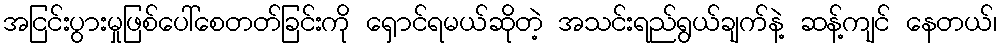
အငြင်းပွားမှုဖြစ်ပေါ်စေတတ်ခြင်းကို ရှောင်ရမယ်ဆိုတဲ့ အသင်းရည်ရွယ်ချက်နဲ့ ဆန့်ကျင် နေတယ်၊